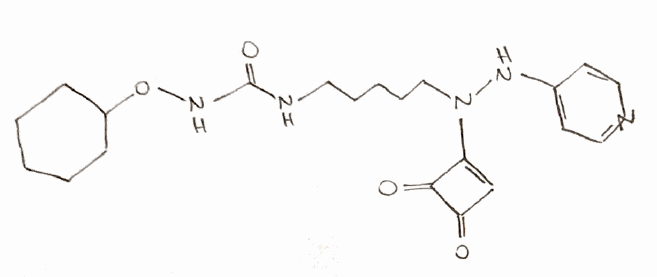
Simplified molecular-input line-entry system (SMILES) notation of the given molecule:
C1CCC(CC1)ONC(=O)NCCCCCN(C2=CC(=O)C2=O)NC3=CC=NC=C3